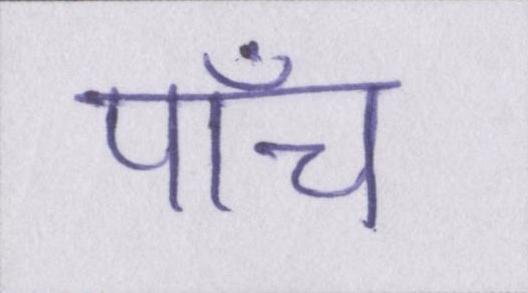
पाँच